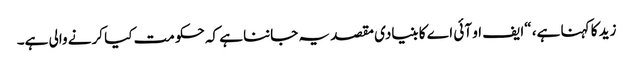
زید کا کہنا ہے، “ایف او آئی اے کا بنیادی مقصد یہ جاننا ہے کہ حکومت کیا کرنے والی ہے۔